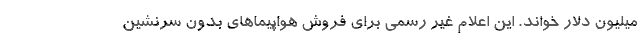
میلیون دلار خواند. این اعلام غیر رسمی برای فروش هواپیماهای بدون سرنشین